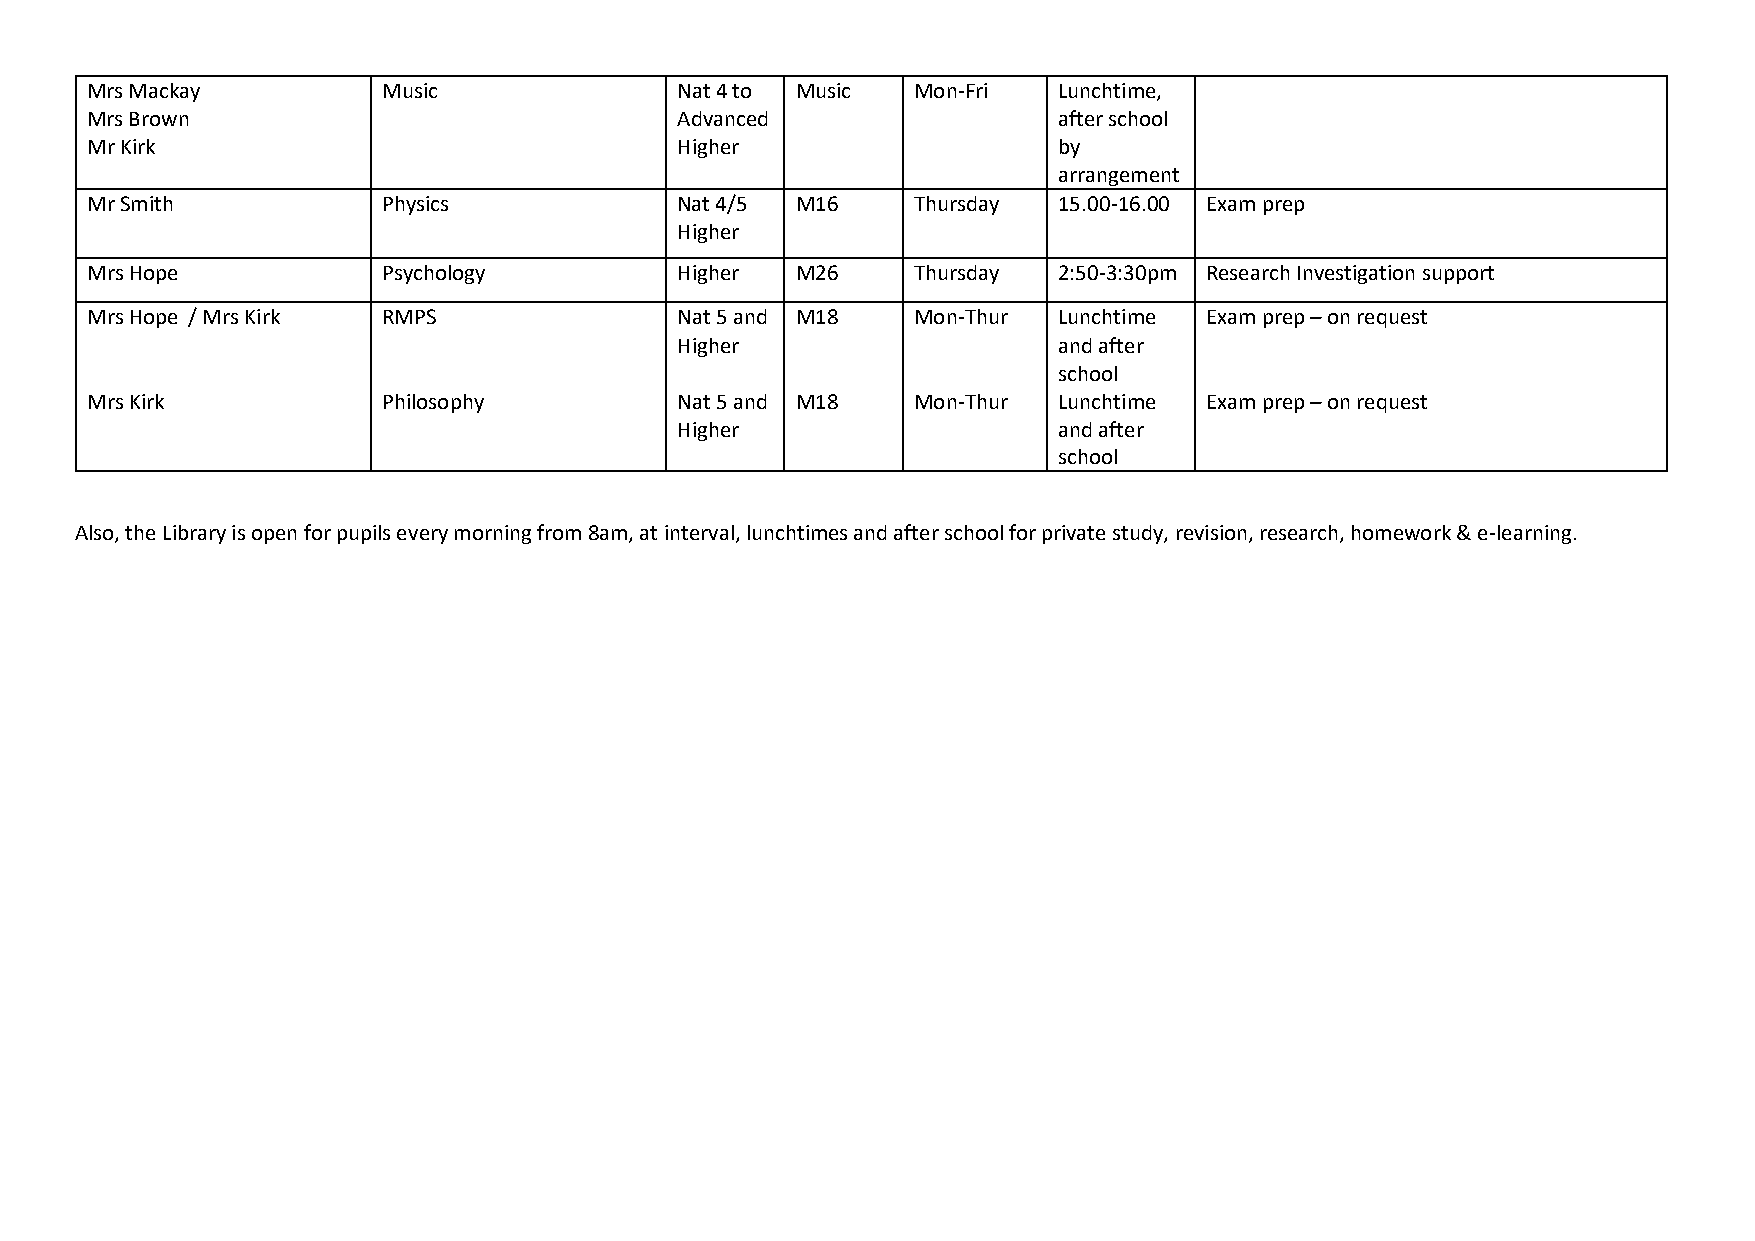
Mrs Mackay         Music               Nat 4 to Music Mon-Fri   Lunchtime,
 Mrs Brown                              Advanced                 after school
 Mr Kirk                                Higher                   by
 arrangement
 Mr Smith           Physics             Nat 4/5 M16    Thursday  15.00-16.00 Exam prep
 Higher
 Mrs Hope           Psychology          Higher  M26    Thursday  2:50-3:30pm Research Investigation support
 Mrs Hope / Mrs Kirk RMPS               Nat 5 and M18  Mon-Thur  Lunchtime Exam prep – on request
 Higher                   and after
 school
 Mrs Kirk           Philosophy          Nat 5 and M18  Mon-Thur  Lunchtime Exam prep – on request
 Higher                   and after
 school
 Also, the Library is open for pupils every morning from 8am, at interval, lunchtimes and after school for private study, revision, research, homework & e-learning.